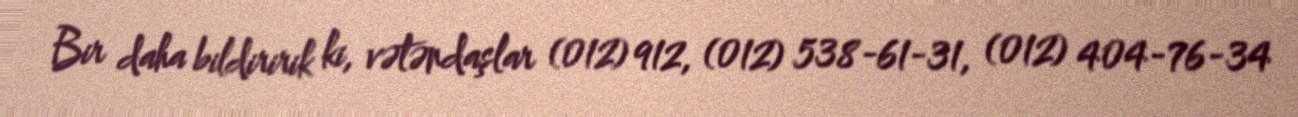
Bir daha bildiririk ki, vətəndaşlar (012) 912, (012) 538-61-31, (012) 404-76-34